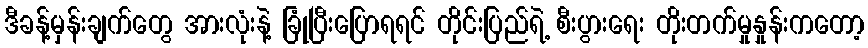
ဒီခန့်မှန်းချက်တွေ အားလုံးနဲ့ ခြုံပြီးပြောရရင် တိုင်းပြည်ရဲ့ စီးပွားရေး တိုးတက်မှုနှုန်းကတော့